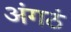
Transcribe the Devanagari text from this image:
अंगठं